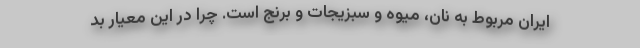
ایران مربوط به نان، میوه و سبزیجات و برنج است. چرا در این معیار بد